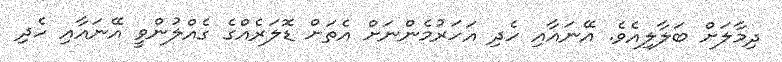
ދިމާލަށް ބަލާލިއެވެ. އޭނައާއި ހެދި އަހަރުމެންނަށް އެތަށް ޑޮލަރެއްގެ ގެއްލުންވީ އޭނައާއި ހެދި